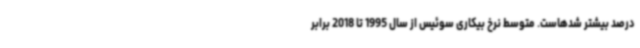
درصد بیشتر شدهاست. متوسط نرخ بیکاری سوئیس از سال 1995 تا 2018 برابر